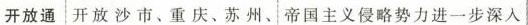
开放通 开放沙市、重庆、苏州、 帝国主义侵略势力进一步深入